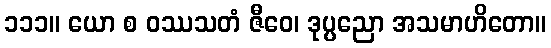
၁၁၁။ ယော စ ဝဿသတံ ဇီဝေ၊ ဒုပ္ပညော အသမာဟိတော။